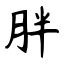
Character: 胖